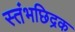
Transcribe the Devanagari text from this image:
स्तंभछिद्रक